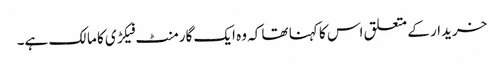
خریدار کے متعلق اس کا کہنا تھا کہ وہ ایک گارمنٹ فیکڑی کا مالک ہے۔